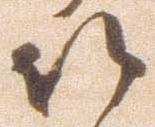
以